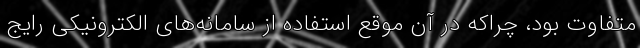
متفاوت بود، چراکه در آن موقع استفاده از سامانه‌های الکترونیکی رایج